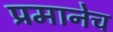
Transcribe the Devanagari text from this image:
प्रमानेच